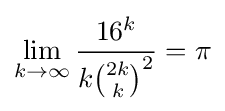
\lim _{k\rightarrow \infty }{\frac {16^{k}}{k{\binom {2k}{k}}^{2}}}=\pi